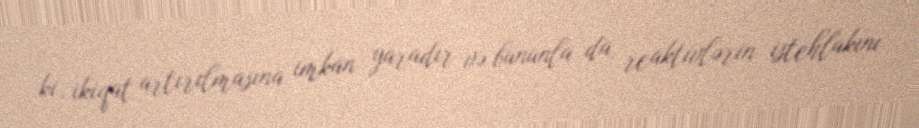
ki, ikiqat artırılmasına imkan yaradır və bununla da reaktivlərin istehlakını